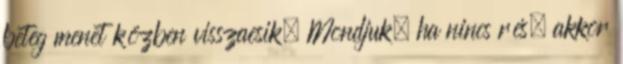
beteg menet közben visszaesik. Mondjuk, ha nincs rés, akkor